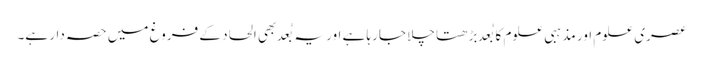
عصری علوم اور مذہبی علوم کا بُعد بڑھتا چلا جارہا ہے اور یہ بُعد بھی الحاد کے فروغ میں حصہ دار ہے۔